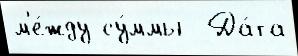
м'е́жду су́ммы  Да́та